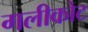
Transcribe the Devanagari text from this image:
गलीकोट